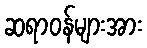
ဆရာဝန်များအား